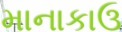
માનાકાઉ